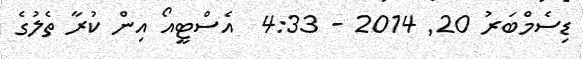
ޑިސެމްބަރު 20